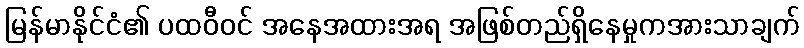
မြန်မာနိုင်ငံ၏ ပထဝီဝင် အနေအထားအရ အဖြစ်တည်ရှိနေမှုကအားသာချက်